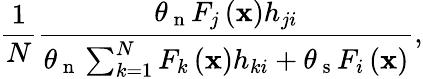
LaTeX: \frac{1}{N}\frac{\theta_{\mathrm{~n~}}F_{j}\left(\mathbf{x}\right)h_{ji}}{\theta_{\mathrm{~n~}}\sum_{k=1}^{N}F_{k}\left(\mathbf{x}\right)h_{ki}+\theta_{\mathrm{~s~}}F_{i}\left(\mathbf{x}\right)},